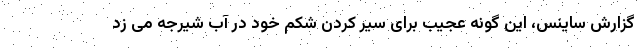
گزارش ساینس، این گونه عجیب برای سیر کردن شکم خود در آب شیرجه می زد